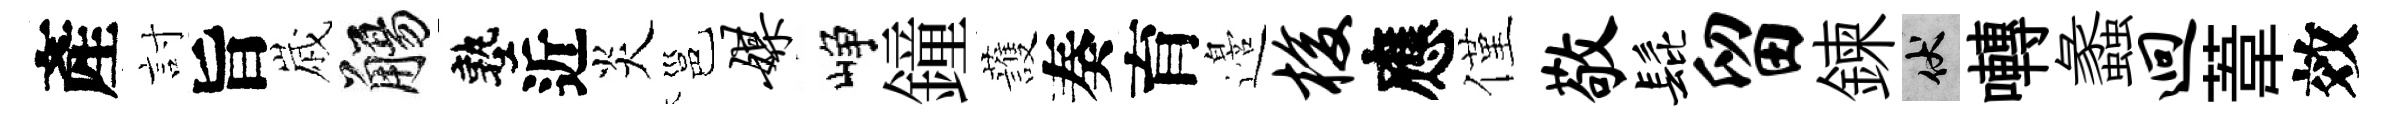
產討旨𡻕觴塾近炎邕媒峥鐘䕶奏育邉梭應僅敬髭留鍊伏囀蠡迥葦效